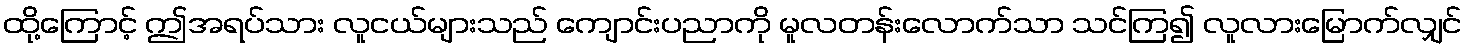
ထို့ကြောင့် ဤအရပ်သား လူငယ်များသည် ကျောင်းပညာကို မူလတန်းလောက်သာ သင်ကြ၍ လူလားမြောက်လျှင်